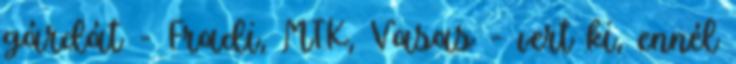
gárdát - Fradi, MTK, Vasas - vert ki, ennél